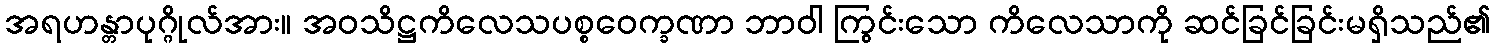
အရဟန္တာပုဂ္ဂိုလ်အား။ အဝသိဋ္ဌကိလေသပစ္စဝေက္ခဏာ ဘာဝါ ကြွင်းသော ကိလေသာကို ဆင်ခြင်ခြင်းမရှိသည်၏